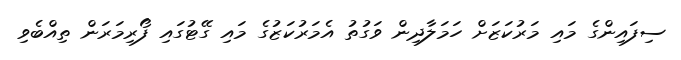
ސިފައިންގެ މައި މަރުކަޒަށް ހަމަލާދިން ވަގުތު އެމަރުކަޒުގެ މައި ގޭޓުގައި ފޯރިމަރަން ތިއްބެވި